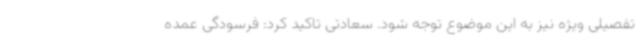
تفصیلی ویژه نیز به این موضوع توجه شود. سعادتی تاکید کرد: فرسودگی عمده